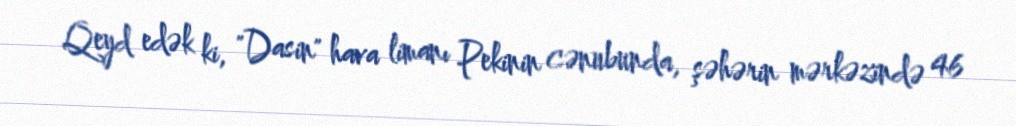
Qeyd edək ki, "Dasin" hava limanı Pekinin cənubunda, şəhərin mərkəzində 46